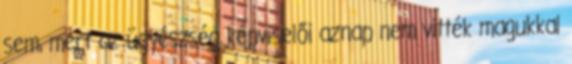
sem, mert az ügyészség képviselői aznap nem vitték magukkal